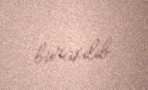
buraxılıb.